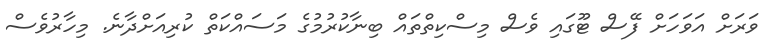
ވަރަށް އަވަހަށް ފޭސް ޓޫގައި ވެސް މިސްކިތްތައް ބިނާކުރުމުގެ މަސައްކަތް ކުރިއަށްދާނެ. މިހާރުވެސް